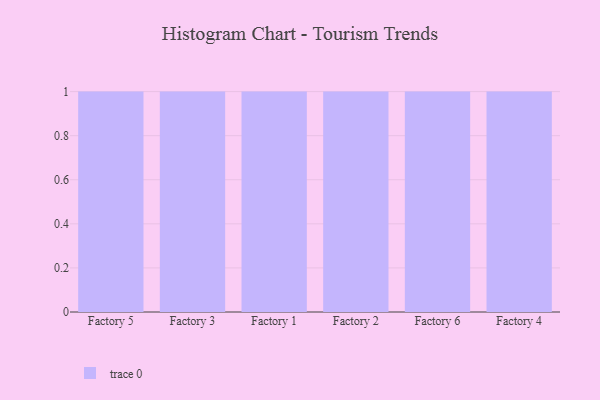
{"axis": {"x": "Factory", "y": "Backlog"}, "legend": [""], "data": [{"x": "Factory 5", "y": 75, "type": ""}, {"x": "Factory 3", "y": 7, "type": ""}, {"x": "Factory 1", "y": 83, "type": ""}, {"x": "Factory 2", "y": 81, "type": ""}, {"x": "Factory 6", "y": 20, "type": ""}, {"x": "Factory 4", "y": 89, "type": ""}]}